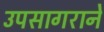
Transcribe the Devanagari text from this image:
उपसागराने